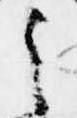
之